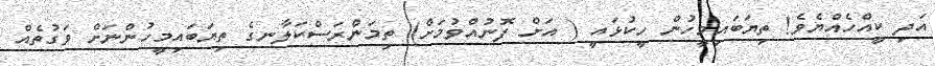
އަދި ކީއްހެއްޔެވެ! ތިޔަބައިމީހުން ހީކުޅައީ ( އަށް ފޮނުއްވުމަށް) ތިމަންރަސްކަލާނގެ ތިޔަބައިމީހުންނަށް ވަގުތެއް